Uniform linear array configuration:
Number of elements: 48
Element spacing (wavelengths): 1
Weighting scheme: hamming
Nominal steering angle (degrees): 0
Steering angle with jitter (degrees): -0.708
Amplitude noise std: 0.05
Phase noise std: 0.05

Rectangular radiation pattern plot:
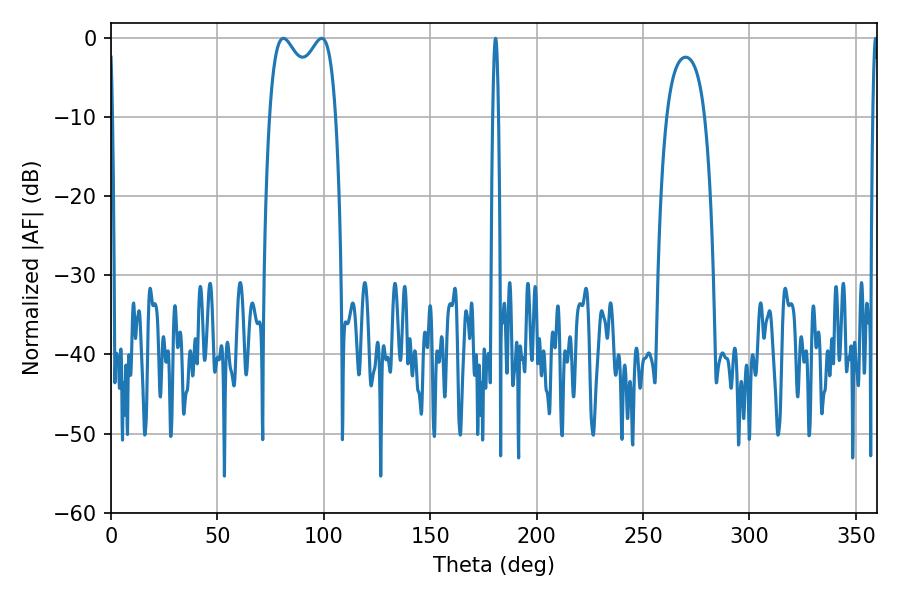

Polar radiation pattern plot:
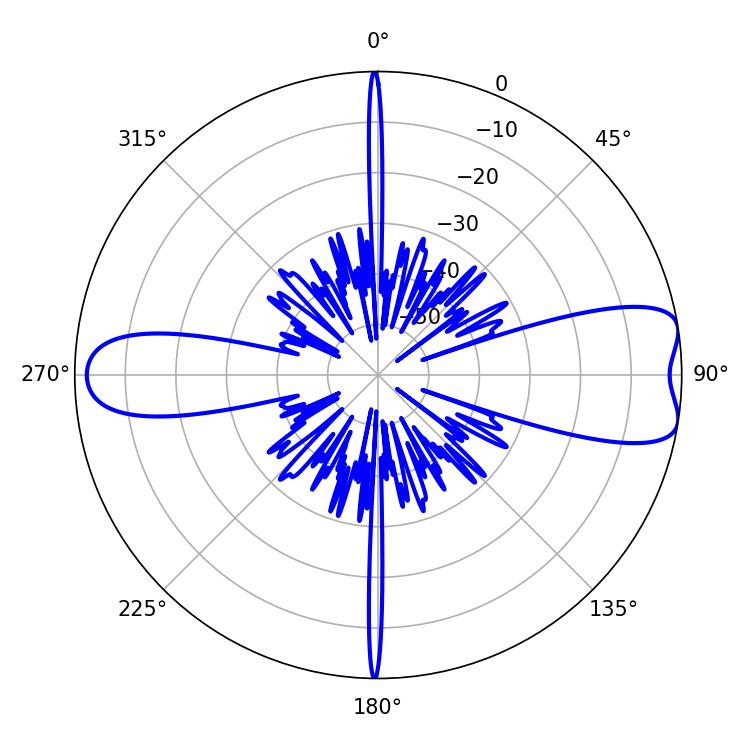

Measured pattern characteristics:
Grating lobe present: TRUE
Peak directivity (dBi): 8.969
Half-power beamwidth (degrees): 25.92
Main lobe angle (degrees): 81